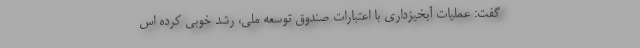
گفت: عملیات آبخیزداری با اعتبارات صندوق توسعه ملی، رشد خوبی کرده اس